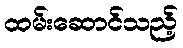
ထမ်းဆောင်သည့်